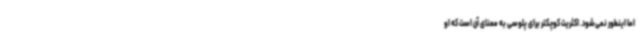
اما اینطور نمی‌شود. اکثریت کوچکتر برای پلوسی به معنای آن است که او